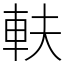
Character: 䡍